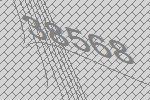
38568